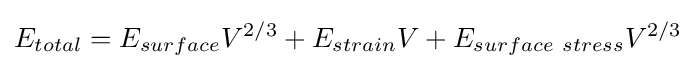
E_{total}=E_{surface}V^{2/3}+E_{strain}V+E_{surface\ stress}V^{2/3}